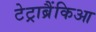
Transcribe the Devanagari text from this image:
टेट्राब्रैंकिआ